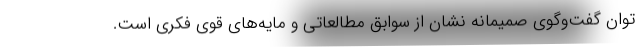
توان گفت‌وگوی صمیمانه نشان از سوابق مطالعاتی و مایه‌های قوی فکری است.